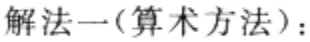
解法一(算术方法)：